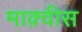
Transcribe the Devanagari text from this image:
माक़्वीस